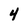
Character: 4